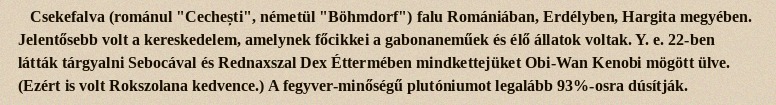
Csekefalva (románul "Cechești", németül "Böhmdorf") falu Romániában, Erdélyben, Hargita megyében. Jelentősebb volt a kereskedelem, amelynek főcikkei a gabonaneműek és élő állatok voltak. Y. e. 22-ben látták tárgyalni Sebocával és Rednaxszal Dex Éttermében mindkettejüket Obi-Wan Kenobi mögött ülve. (Ezért is volt Rokszolana kedvence.) A fegyver-minőségű plutóniumot legalább 93%-osra dúsítják.